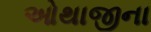
ઓથાજીના